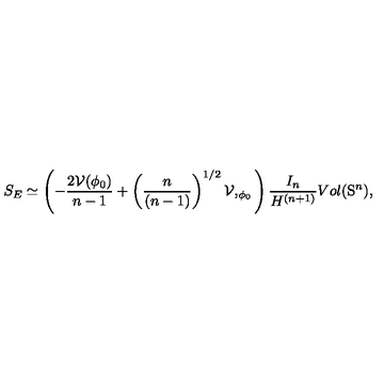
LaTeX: S _ { E } \simeq \left( - \frac { 2 { \cal V } ( \phi _ { 0 } ) } { n - 1 } + \left( \frac { n } { ( n - 1 ) } \right) ^ { 1 / 2 } { \cal V } , _ { \phi _ { 0 } } \right) \frac { I _ { n } } { H ^ { ( n + 1 ) } } V o l ( \mathrm { S } ^ { n } ) ,